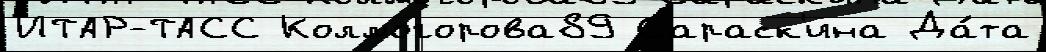
ИТАР-ТАСС Колмогорова89 Сараск'ина Да́та